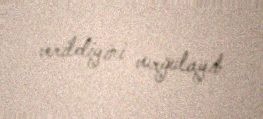
verildiyini vurğulayıb.